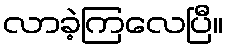
လာခဲ့ကြလေပြီ။